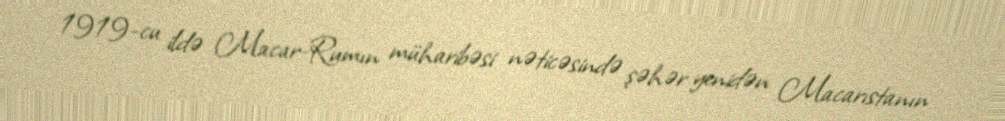
1919-cu ildə Macar-Rumın müharibəsi nəticəsində şəhər yenidən Macarıstanın